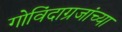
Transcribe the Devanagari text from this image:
गोविंदाग्रजांच्या